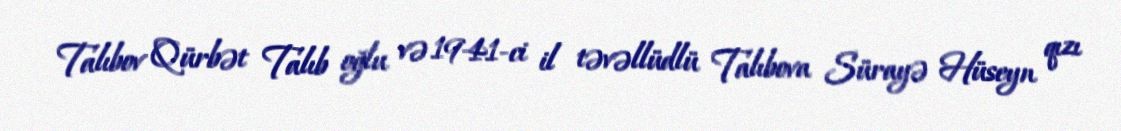
Talıbov Qürbət Talıb oğlu və 1941-ci il təvəllüdlü Talıbova Sürayə Hüseyn qızı